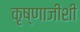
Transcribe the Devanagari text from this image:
कृष्णाजींशी